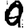
Digit: 0